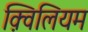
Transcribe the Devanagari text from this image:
क़्विलियम